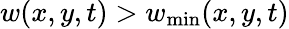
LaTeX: w(x,y,t)>w_{\mathrm{min}}(x,y,t)